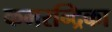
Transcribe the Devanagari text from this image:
कमरन्द्रिका